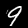
Digit: 9